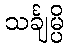
သင်္ချမ္ပိ